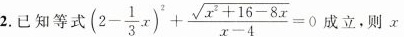
2.已知等式 $$ ( 2 - \frac{1}{3} x)^{2} + \frac{ \sqrt{x^{2} + 16 - 8x }}{ x - 4 } = 0 $$ 成立，则x，